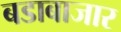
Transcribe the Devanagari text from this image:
बडाबाजार